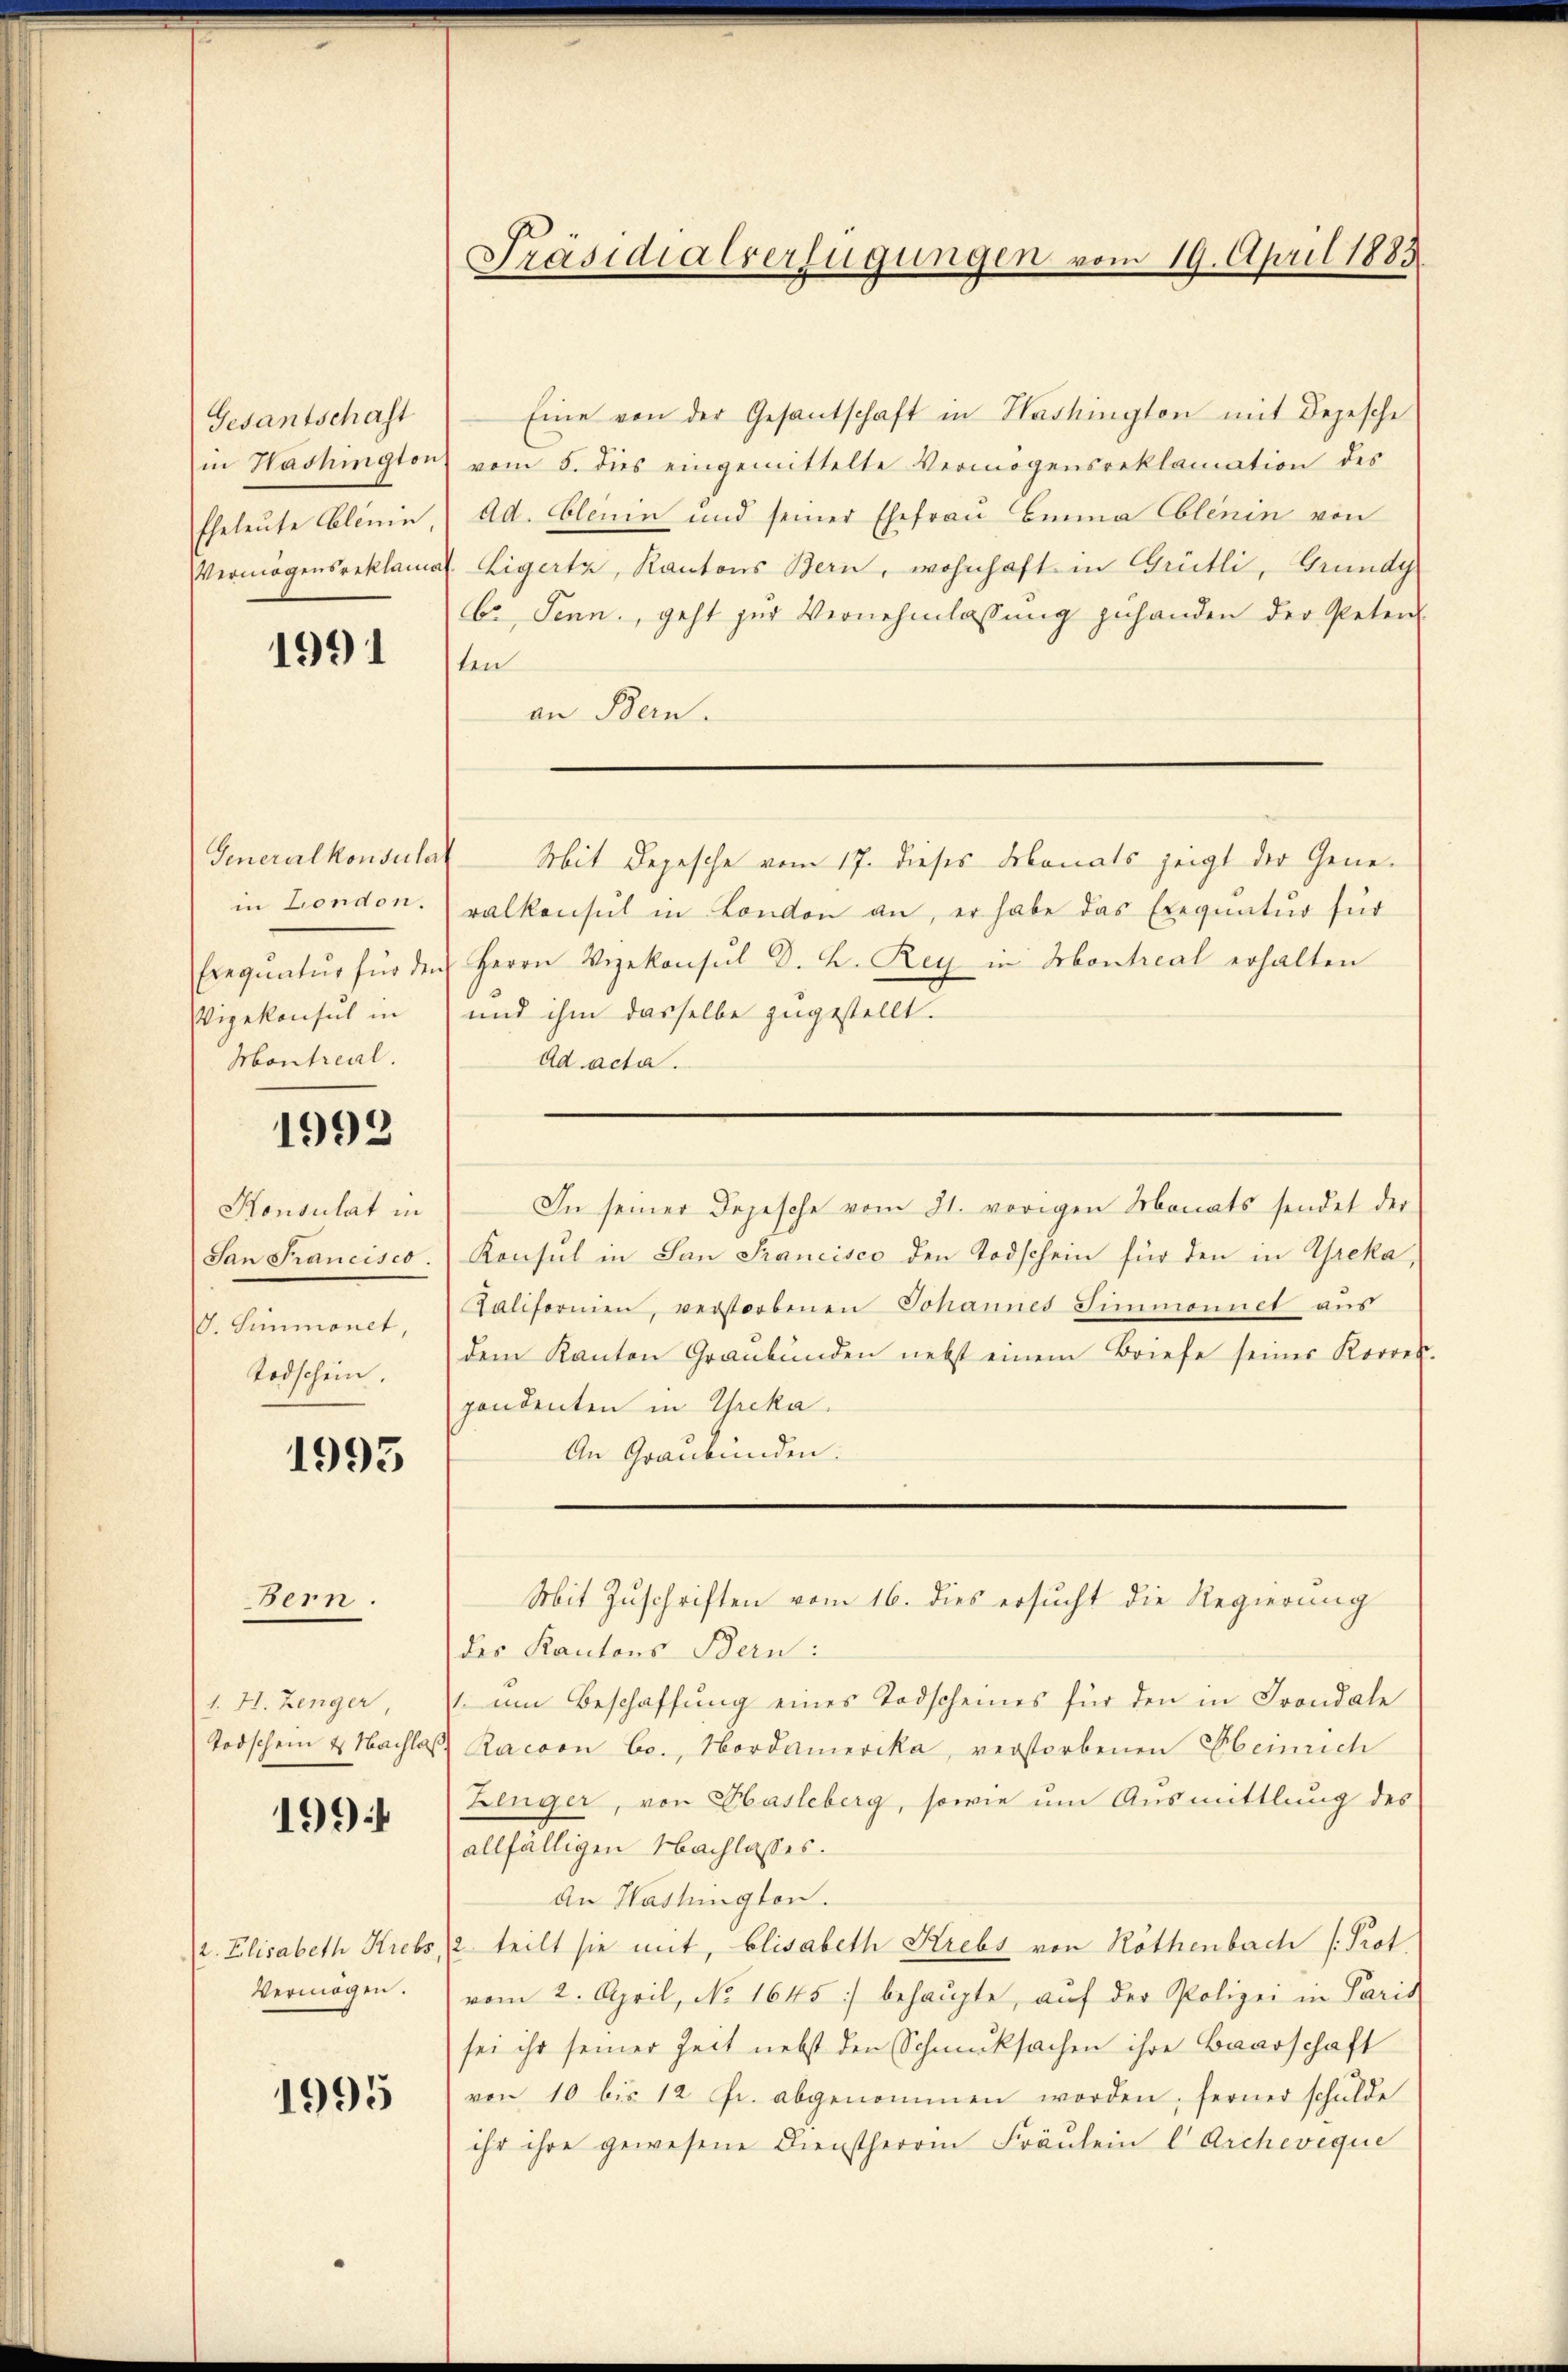
Gesantschaft
in Hashingtor
Eheleute Clinie
Vermögensreklam

1991

Generalkonsulat
in London.
Erequatur für der
Vigekonsul in
Montreal.

1992

Konsulat in
San Francisco.
d. Simmonet,
Todschein.

1995

1. H. Zenger
Todschein & Nachlas

Bern.

199

2. Elisabeth Krebs
Vermögen.

1995

Präsidialverfügungen vom 19. April 1883

Eine von der Gesantschaft in Washington mit Depesche
vom 5. dies eingemittelte Vermögensreklamation des
Ad. Elenin und seiner Ehefrau Binna Eblenin von
Eigertz, Kantons Bern, wohnhaft in Grütli, Grundg
b. Jenn, geht zur Vernehmlassung zuhanden der Peten
ten
an Bern.
Mit Depesche vom 17. dieses donats zeigt der Generalkonsul in London an, er habe das Exequatur für
Herrn Vizekonsul D. h. Rey in Montreal erhalten
und ihm dasselbe zugestellt.
Ad acta.
Konsul in San Francisco den Todschein für den in Greka,
Aaliformen, verstorbenen Johannes Simmonnet aus
dem Kanton Graubünden nebst einem Briefe seiner Korres
pondenten in Threka.
An Graubünden.
Mit Zuschriften vom 16. dies ersucht die Regierung
des Kantons Bern:
1 um Beschaffung eines Todscheines für den in Frondale
Racoon bo., Nordamerika, verstorbenen Heinrich
Zenger, von Hasleberg, sowie um Ausmittlung des
allfälligen Nachlasses.
An Washington.
2. teilt sie mit, Elisabeth Krebs von Röthenbach Prot.
vom 2. April, No. 1645 :/ behaupte, aŭf der Polizei in Paris
sei ihr seiner Zeit nebst den Schmucksachen ihre Baarschaft
von 10 bis 12 Fr. abgenommen worden, ferner schŭlde
ihr ihre gewesene Dienstherrin Fräulein C. Archiveque

In seiner Depesche vom 21. vorigen Monats sendet der